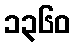
၁၃၆၀